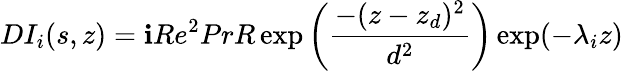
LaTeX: DI_{i}(s,z)=\textbf{i}Re^{2}PrR\exp\bigg(\displaystyle\frac{-(z-z_{d})^{2}}{d^{2}}\bigg)\exp(-\lambda_{i}z)